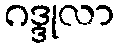
ဂဒ္ဒုလာ